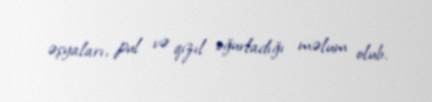
əşyaları, pul və qızıl oğurladığı məlum olub.